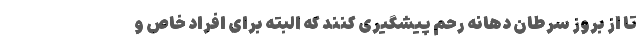
تا از بروز سرطان دهانه رحم پیشگیری کنند که البته برای افراد خاص و